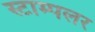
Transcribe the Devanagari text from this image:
स्टाम्पलर